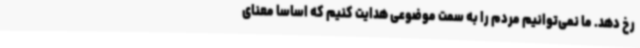
رخ دهد. ما نمی‌توانیم مردم را به سمت موضوعی هدایت کنیم که اساسا معنای